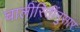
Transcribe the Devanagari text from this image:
चालीरितींनुसार